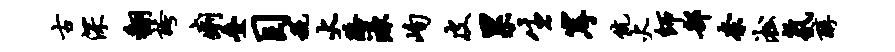
古深翻夸痢叠目税火路源峋皮累生岸伉火师部奈淞氛醇